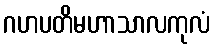
ဂဟပတိမဟာသာလကုလံ